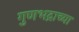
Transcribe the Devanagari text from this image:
गुणभद्राच्या